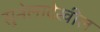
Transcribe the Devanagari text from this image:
सुनेलादेखील